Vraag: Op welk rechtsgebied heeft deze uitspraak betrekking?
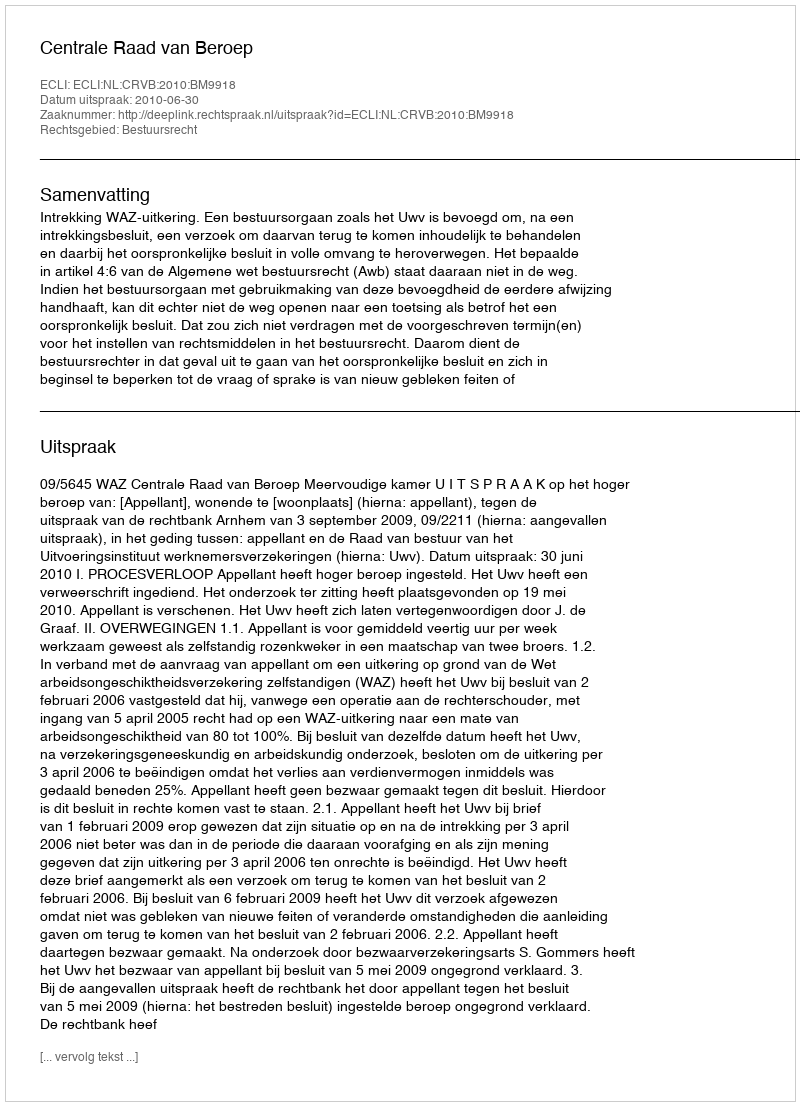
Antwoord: Bestuursrecht